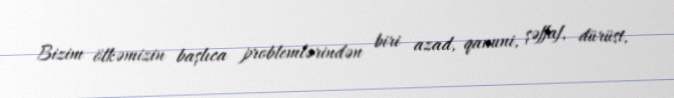
Bizim ölkəmizin başlıca problemlərindən biri azad, qanuni, şəffaf, dürüst,